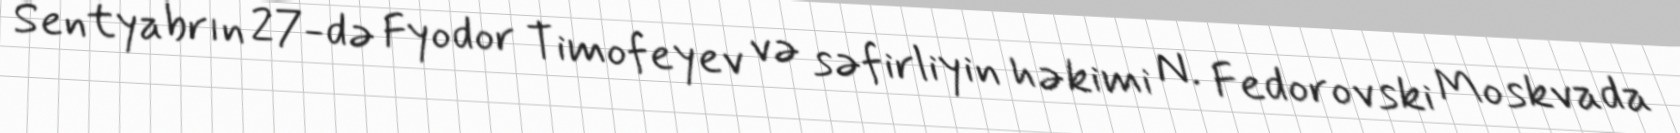
Sentyabrın 27-də Fyodor Timofeyev və səfirliyin həkimi N. Fedorovski Moskvada